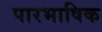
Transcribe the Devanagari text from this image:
पारभाषिक